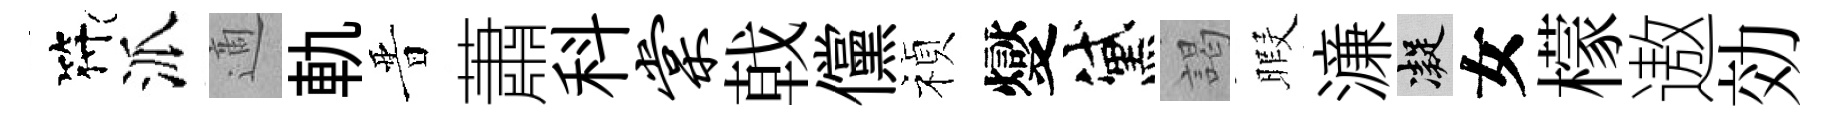
符派適軌晋蕭科棠戟儻禎燮黛謁暇濓凝女檬遨効